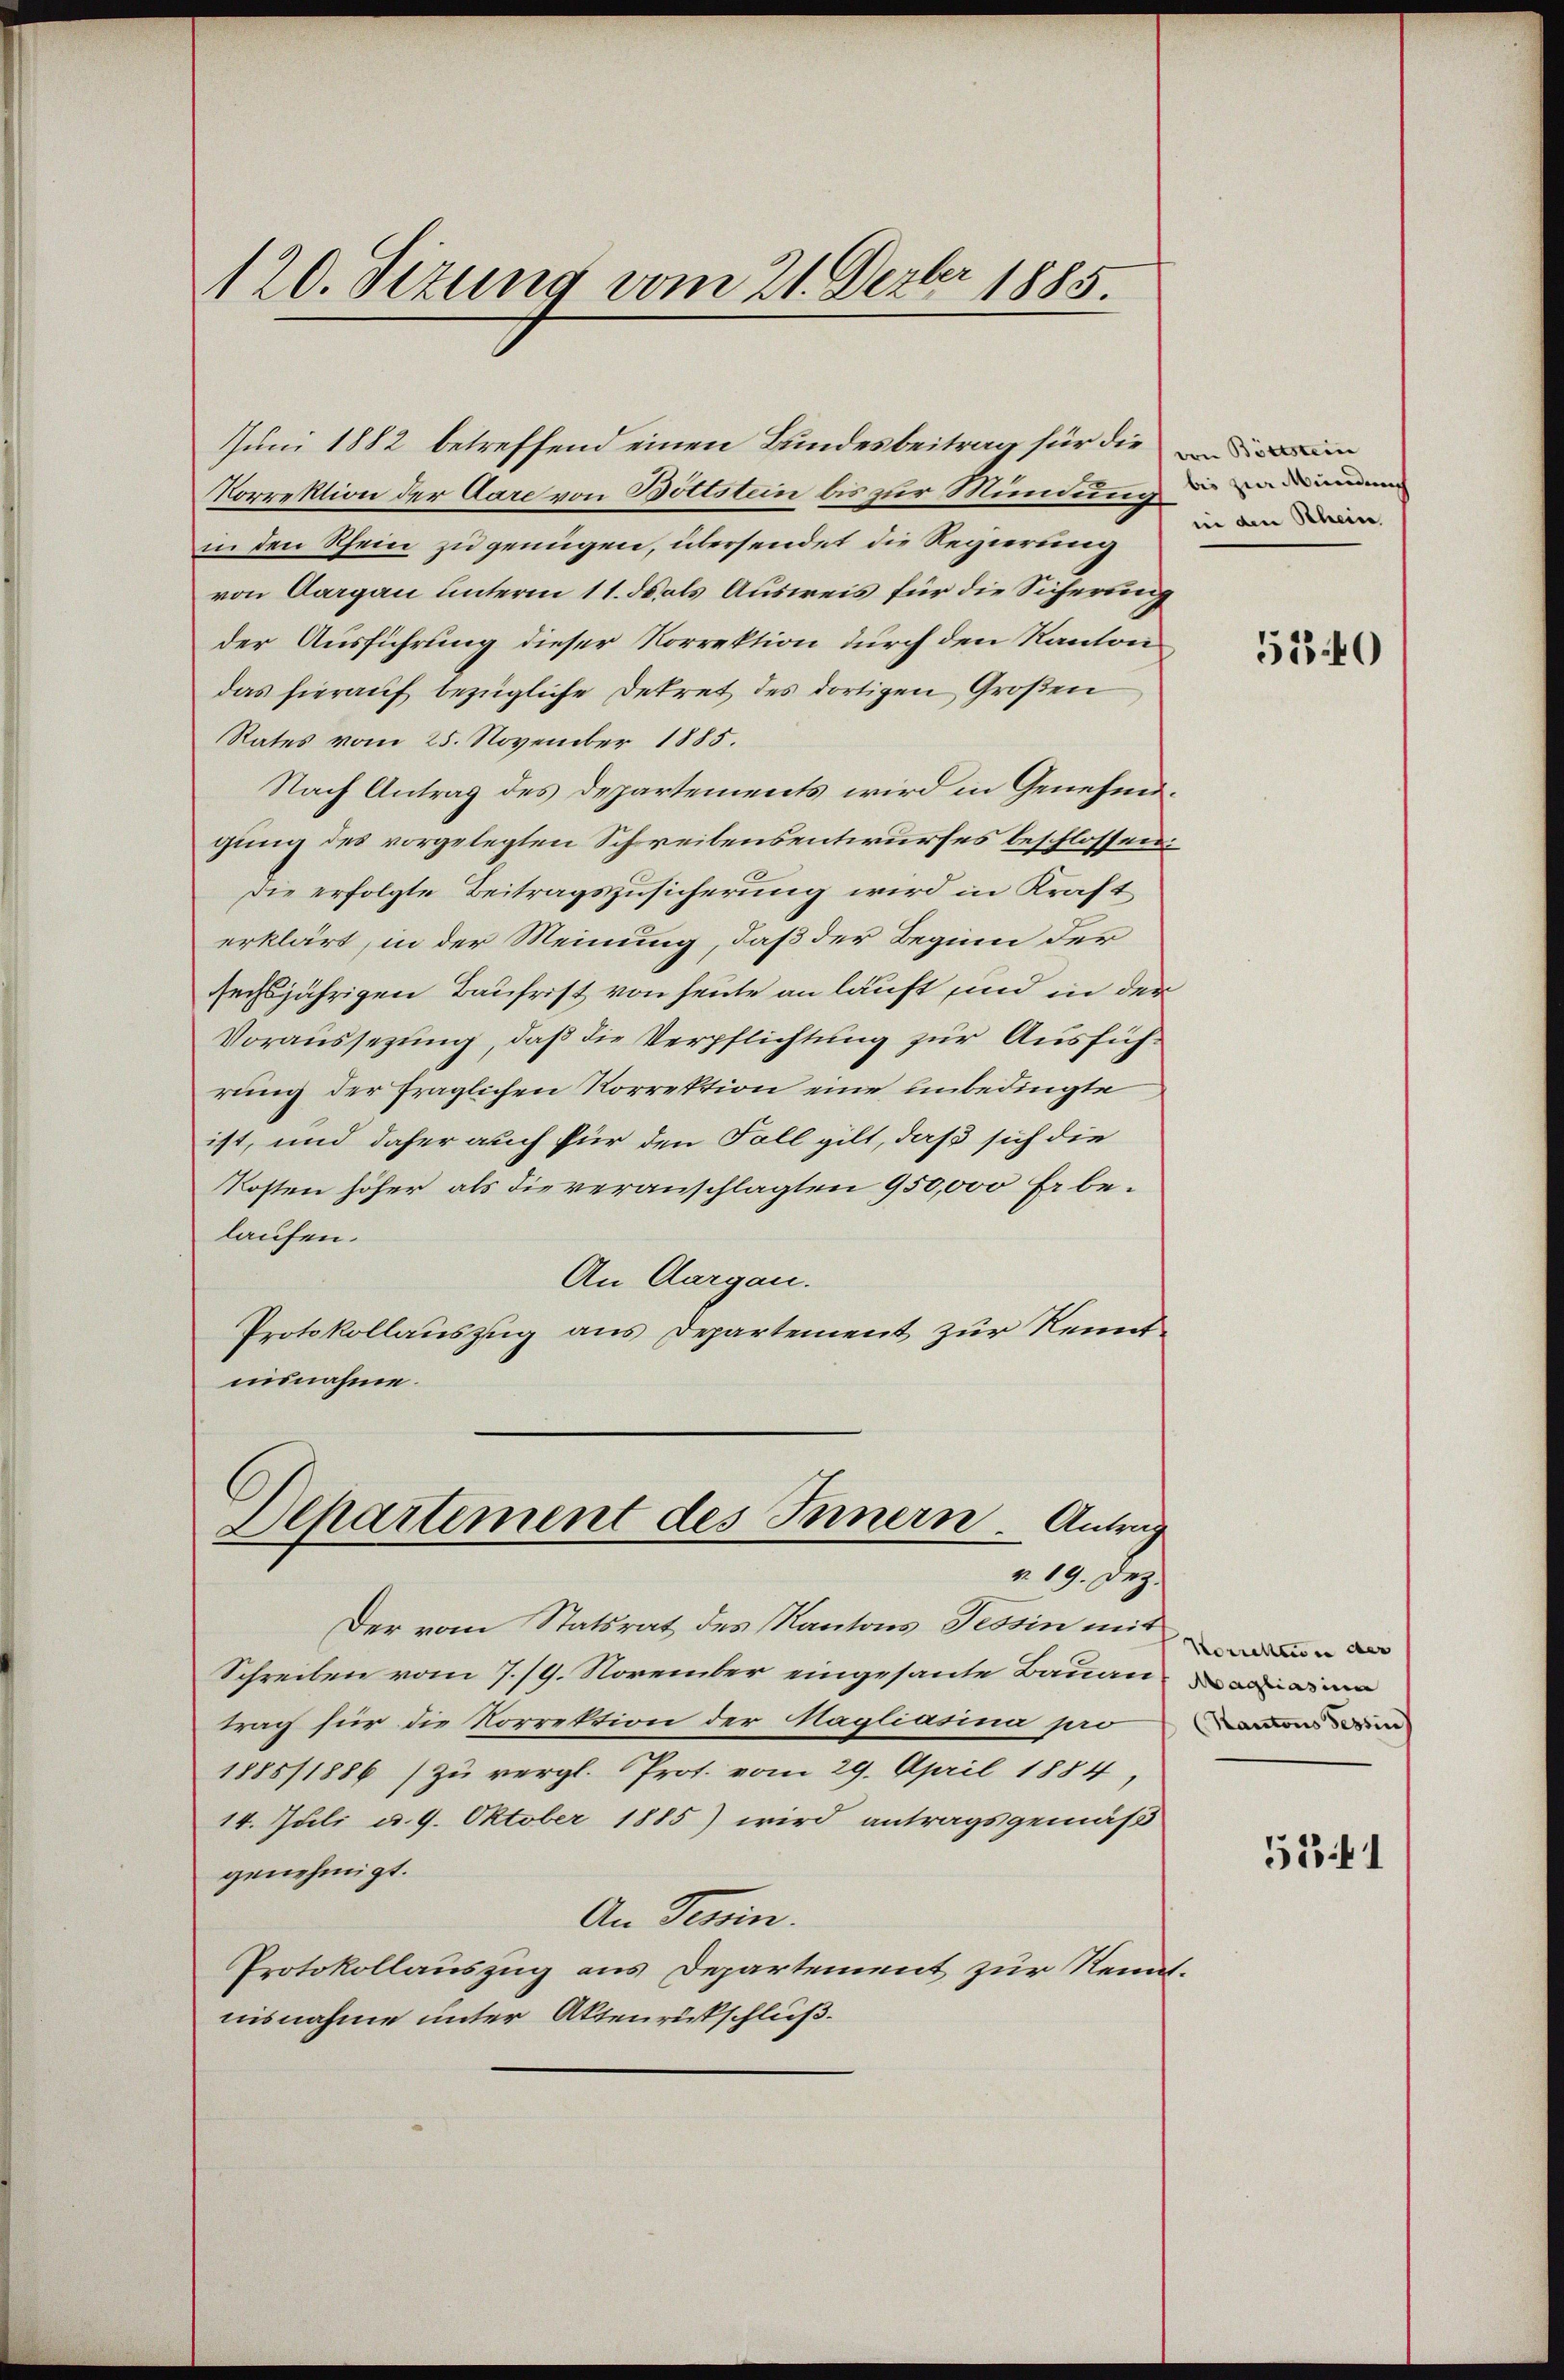
Korrektion der Aare von Böttstein bis zur Mündung eine
in den Rhein zu genügen, übersendet die Regierung
von Aargau unterm 11. ds als Ausweis für die Sicherung
der Ausführung dieser Korrektion durch den Kanton
das hierauf bezügliche Dekret des dortigen Großen
Rates vom 25. November 1885.
Nach Antrag des Departements wird in Genehmigung des vorgelegten Schreibensentwurfes beschlossen:
Die erfolgte Beitragszusicherung wird in Krafterklärt, in der Meinung, daß der Beginn der
sechsjährigen Baufrist von heute an läuft und in der
Voraussezung, daß die Verpflichtung zur Ausführung der fraglichen Vorrektion eine unbedingte
ist, und daher auch für den Fall gilt, daß sich die
Kosten höher als die veranschlagten 950,000 Er belaufen.
An Aargau.
Protokollauszug aus Departement zur Kenntmisnahme.
C

120. Sizung vom 21. Dezbr 1885.

Juni 1882 betreffend einen Bundesbeitrag für die in

Departement des Innern. Antrag
v. 19. Dez.

Der vom Statsrat des Kantons Tessin mit
Schreiben vom 7./9. November eingesante Bauan
trag für die Korrektion der Hagliasina provin
1885/1886 zŭ vergl. Prot. vom 29. April 1884,
14. Juli d. 9. Oktober 1885) wird antragsgemäß
genehmigt.
An Tessin.
Protokollauszug aus Departement zur Renntnisnahme unter Aktenrückschluß¬

inn den Schein

5340

531

Korrektion der